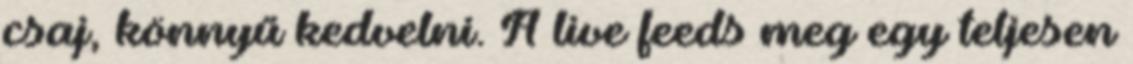
csaj, könnyű kedvelni. A live feeds meg egy teljesen